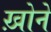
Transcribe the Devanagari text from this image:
ख़ोने